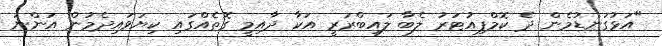
"އަޅުގަނޑުމެން ދެ ކޮމްޕިއުޓަރު ލެބާ ލައިބްރަރީ އަކާ ދާއިމީ ގޮތެއްގައި ކިޔަވައިދެމުން އަންނަ